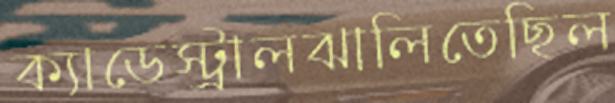
ক্যাডেস্ট্রালঝালিতেছিল